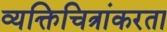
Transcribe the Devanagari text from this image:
व्यक्तिचित्रांकरता